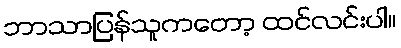
ဘာသာပြန်သူကတော့ ထင်လင်းပါ။